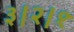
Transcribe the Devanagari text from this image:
३।२।१